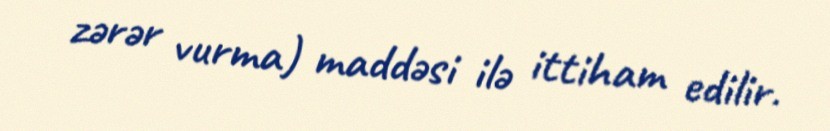
zərər vurma) maddəsi ilə ittiham edilir.